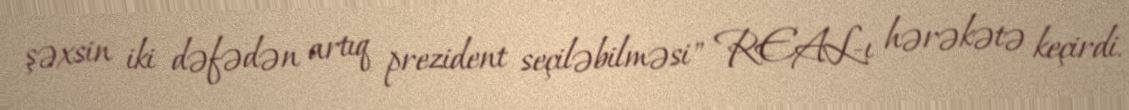
şəxsin iki dəfədən artıq prezident seçiləbilməsi" REAL-ı hərəkətə keçirdi.